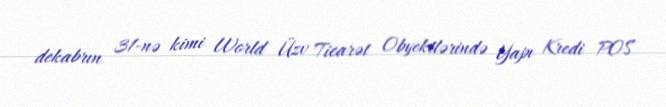
dekabrın 31-nə kimi World Üzv Ticarət Obyektlərində Yapı Kredi POS